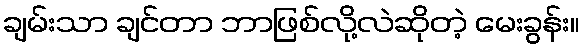
ချမ်းသာ ချင်တာ ဘာဖြစ်လို့လဲဆိုတဲ့ မေးခွန်း။